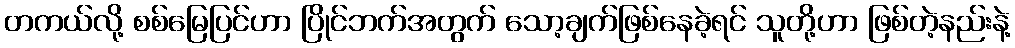
တကယ်လို့ စစ်မြေပြင်ဟာ ပြိုင်ဘက်အတွက် သော့ချက်ဖြစ်နေခဲ့ရင် သူတို့ဟာ ဖြစ်တဲ့နည်းနဲ့